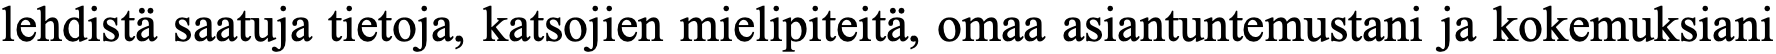
lehdistä saatuja tietoja, katsojien mielipiteitä, omaa asiantuntemustani ja kokemuksiani